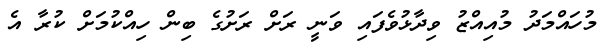
މުހައްމަދު މުއިއްޒު ވިދާޅުވެފައި ވަނީ ރަށް ރަށުގެ ބިން ހިއްކުމަށް ކުރާ އެ